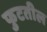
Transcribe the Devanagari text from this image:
फुटतील